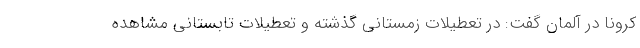
کرونا در آلمان گفت: در تعطیلات زمستانی گذشته و تعطیلات تابستانی مشاهده